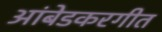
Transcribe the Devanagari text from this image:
आंबेडकरगीत